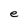
Character: e